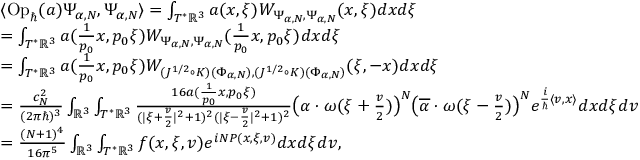
\begin{array} { r l } & { \langle \operatorname { O p } _ { \hbar } ( a ) \Psi _ { \alpha , N } , \Psi _ { \alpha , N } \rangle = \int _ { T ^ { * } \mathbb { R } ^ { 3 } } a ( x , \xi ) W _ { \Psi _ { \alpha , N } , \Psi _ { \alpha , N } } ( x , \xi ) d x d \xi } \\ & { = \int _ { T ^ { * } \mathbb { R } ^ { 3 } } a ( \frac { 1 } { p _ { 0 } } x , p _ { 0 } \xi ) W _ { \Psi _ { \alpha , N } , \Psi _ { \alpha , N } } ( \frac { 1 } { p _ { 0 } } x , p _ { 0 } \xi ) d x d \xi } \\ & { = \int _ { T ^ { * } \mathbb { R } ^ { 3 } } a ( \frac { 1 } { p _ { 0 } } x , p _ { 0 } \xi ) W _ { ( J ^ { 1 / 2 } \circ K ) ( \Phi _ { \alpha , N } ) , ( J ^ { 1 / 2 } \circ K ) ( \Phi _ { \alpha , N } ) } ( \xi , - x ) d x d \xi } \\ & { = \frac { c _ { N } ^ { 2 } } { ( 2 \pi \hbar ) ^ { 3 } } \int _ { \mathbb { R } ^ { 3 } } \int _ { T ^ { * } \mathbb { R } ^ { 3 } } \frac { 1 6 a ( \frac { 1 } { p _ { 0 } } x , p _ { 0 } \xi ) } { ( | \xi + \frac { v } { 2 } | ^ { 2 } + 1 ) ^ { 2 } ( | \xi - \frac { v } { 2 } | ^ { 2 } + 1 ) ^ { 2 } } \big ( \alpha \cdot \omega ( \xi + \frac { v } { 2 } ) \big ) ^ { N } \big ( \overline { { \alpha } } \cdot \omega ( \xi - \frac { v } { 2 } ) \big ) ^ { N } e ^ { \frac { i } { \hbar } \langle v , x \rangle } d x d \xi d v } \\ & { = \frac { ( N + 1 ) ^ { 4 } } { 1 6 \pi ^ { 5 } } \int _ { \mathbb { R } ^ { 3 } } \int _ { T ^ { * } \mathbb { R } ^ { 3 } } f ( x , \xi , v ) e ^ { i N P ( x , \xi , v ) } d x d \xi d v , } \end{array}